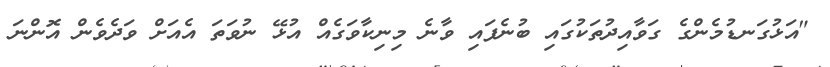
"އަޅުގަނޑުމެންގެ ގަވާއިދުތަކުގައި ބުނެފައި ވާނެ މިނިކާވަގެއް އުޅޭ ނުވަތަ އެއަށް ވަދެވެން އޮންނަ